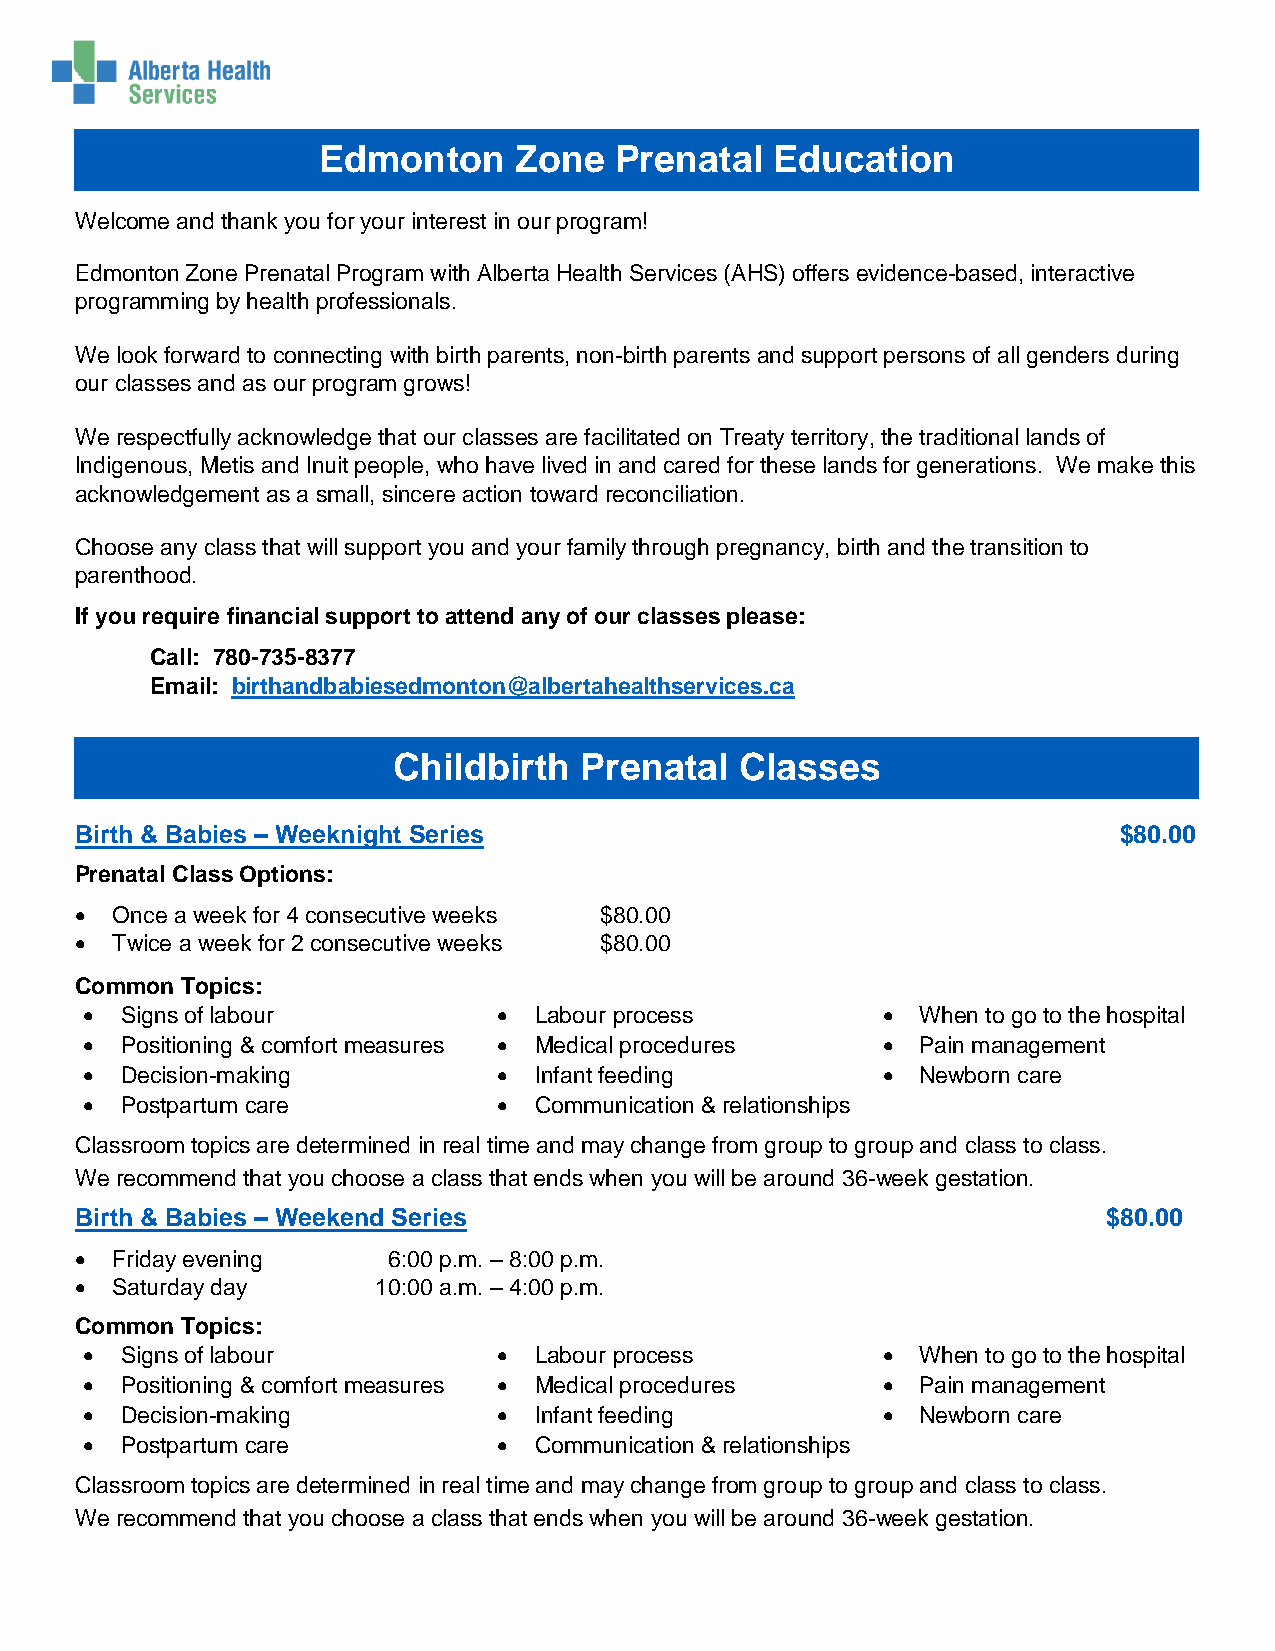
Edmonton     Zone   Prenatal  Education
 Welcome and thank you for your interest in our program!
 Edmonton Zone Prenatal Program with Alberta Health Services (AHS) offers evidence-based, interactive
 programming by health professionals.
 We look forward to connecting with birth parents, non-birth parents and support persons of all genders during
 our classes and as our program grows!
 We respectfully acknowledge that our classes are facilitated on Treaty territory, the traditional lands of
 Indigenous, Metis and Inuit people, who have lived in and cared for these lands for generations. We make this
 acknowledgement as a small, sincere action toward reconciliation.
 Choose any class that will support you and your family through pregnancy, birth and the transition to
 parenthood.
 If you require financial support to attend any of our classes please:
 Call: 780-735-8377
 Email: birthandbabiesedmonton@albertahealthservices.ca
 Childbirth  Prenatal   Classes
 Birth & Babies – Weeknight Series                                    $80.00
 Prenatal Class Options:
  Once a week for 4 consecutive weeks $80.00
  Twice a week for 2 consecutive weeks $80.00
 Common Topics:
   Signs of labour           Labour process           When to go to the hospital
   Positioning & comfort measures  Medical procedures  Pain management
   Decision-making           Infant feeding           Newborn care
   Postpartum care           Communication & relationships
 Classroom topics are determined in real time and may change from group to group and class to class.
 We recommend that you choose a class that ends when you will be around 36-week gestation.
 Birth & Babies – Weekend Series                                     $80.00
  Friday evening     6:00 p.m. – 8:00 p.m.
  Saturday day      10:00 a.m. – 4:00 p.m.
 Common Topics:
   Signs of labour           Labour process           When to go to the hospital
   Positioning & comfort measures  Medical procedures  Pain management
   Decision-making           Infant feeding           Newborn care
   Postpartum care           Communication & relationships
 Classroom topics are determined in real time and may change from group to group and class to class.
 We recommend that you choose a class that ends when you will be around 36-week gestation.